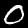
Digit: 0